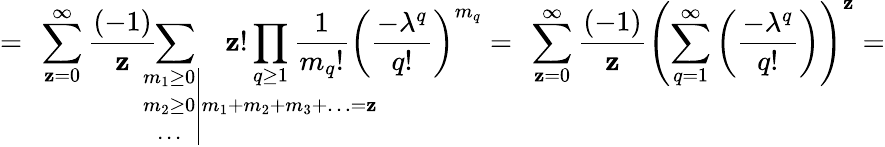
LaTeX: =\ \sum_{\mathbf{z}=0}^{\infty}\frac{{(-1)}}{{\mathbf{z}}}\! \! \! \! \! \! \! \! \! \! \! \! \! \! \! \! \! \! \! \! \! \! \! \! \! \! \! \! \! \! \! \! \! \! \! \! \! \! \! \! \sum_{\qquad\qquad\qquad\left.\begin{array}{c}{{m_{1}\geq 0}}\\ {{m_{2}\geq 0}}\\ {{\ldots}}\end{array}\right|m_{1}+m_{2}+m_{3}+\ldots=\mathbf{z}}\! \! \! \! \! \! \! \! \! \! \! \! \! \! \! \! \! \! \! \! \! \! \! \! \! \! \! \! \! \! \! \! \! \mathbf{z}!\prod_{q\geq1}\frac{{1}}{{m_{q}!}}\left(\frac{{-\lambda^{q}}}{{q!}}\right)^{m_{q}}=\ \sum_{\mathbf{z}=0}^{\infty}\frac{{(-1)}}{{\mathbf{z}}}\left(\sum_{q=1}^{\infty}\left(\frac{{-\lambda^{q}}}{{q!}}\right)\right)^{\mathbf{z}}=